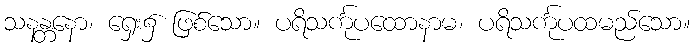
သနန္တနော၊ ရှေး၌ ဖြစ်သော။ ပရိသင်္ကုပထောနာမ၊ ပရိသင်္ကုပထမည်သော။